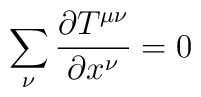
\sum_{\nu}\frac{\partial T^{\mu\nu}}{\partial x^{\nu}}=0